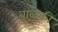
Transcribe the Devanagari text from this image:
बाळकी